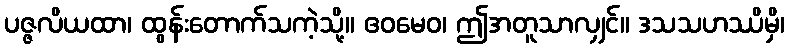
ပဇ္ဇလိယထာ၊ ထွန်းတောက်သကဲ့သို့။ ဧဝမေဝ၊ ဤအတူသာလျှင်။ ဒသသဟဿိမှိ၊